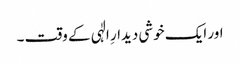
اور ایک خوشی دیدارِ الٰہی کے وقت ۔